Source: Computer-generated
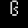
Digit: ၆ (6)